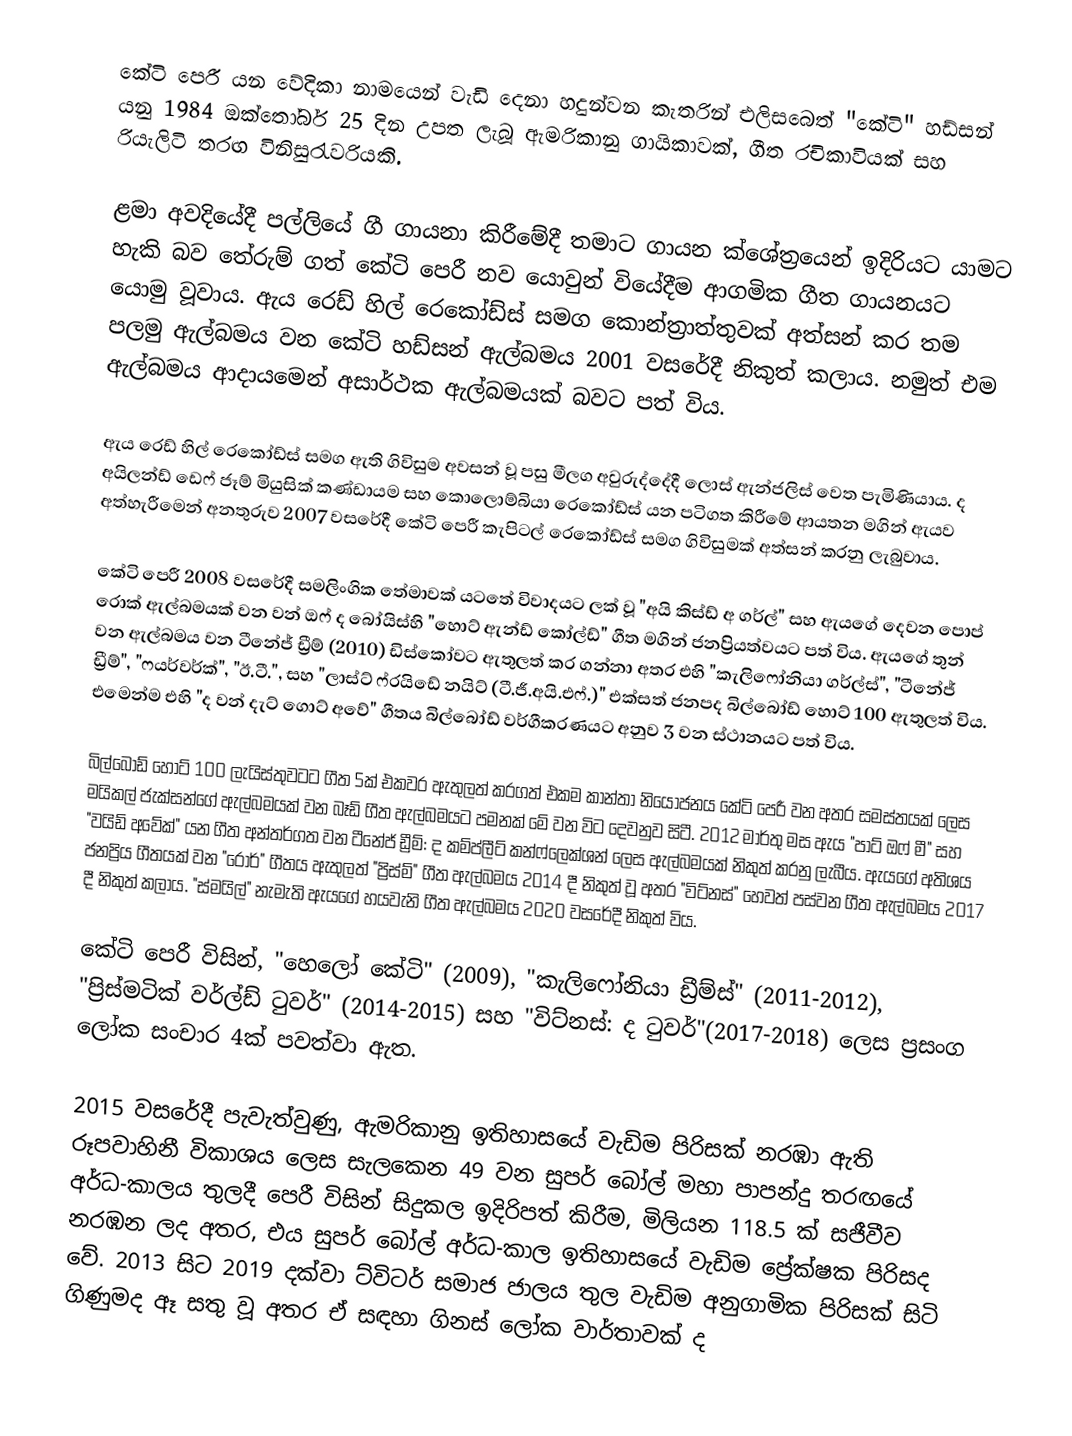
කේටි පෙරී යන වේදිකා නාමයෙන් වැඩි දෙනා හදුන්වන කැතරින් එලිසබෙත් "කේටි" හඩ්සන්  යනු 1984 ඔක්තෝබර් 25 දින උපත ලැබූ ඇමරිකානු ගායිකාවක්, ගීත රචිකාවියක් සහ රියැලිටි තරඟ විනිසුරැවරියකි.

ළමා අවදියේදී පල්ලියේ ගී ගායනා කිරීමේදී තමාට ගායන ක්ශේත්‍රයෙන් ඉදිරියට යාමට හැකි බව තේරුම් ගත් කේටි පෙරී නව යොවුන් වියේදීම ආගමික ගීත ගායනයට යොමු වූවාය. ඇය රෙඩ් හිල් රෙකෝඩ්ස් සමග කොන්ත්‍රාත්තුවක් අත්සන් කර තම පලමු ඇල්බමය වන කේටි හඩ්සන් ඇල්බමය 2001 වසරේදී නිකුත් කලාය. නමුත් එම ඇල්බමය ආදායමෙන් අසාර්ථක ඇල්බමයක් බවට පත් විය.

ඇය රෙඩ් හිල් රෙකෝඩ්ස් සමග ඇති ගිවිසුම අවසන් වූ පසු මීලග අවුරුද්දේදී ලොස් ඇන්ජලිස් වෙත පැමිණියාය. ද අයිලන්ඩ් ඩෙෆ් ජෑම් මියුසික් කණ්ඩායම සහ කොලොම්බියා රෙකෝඩ්ස් යන පටිගත කිරීමේ ආයතන මගින් ඇයව අත්හැරීමෙන් අනතුරුව 2007 වසරේදී කේටි පෙරී කැපිටල් රෙකෝඩ්ස් සමග ගිවිසුමක් අත්සන් කරනු ලැබුවාය.

කේටි පෙරී 2008 වසරේදී සමලිංගික තේමාවක් යටතේ විවාදයට ලක් වූ "අයි කිස්ඩ් අ ගර්ල්" සහ ඇයගේ දෙවන පොප් රොක් ඇල්බමයක් වන වන් ඔෆ් ද බෝයිස්හි "හොට් ඇන්ඩ් කෝල්ඩ්" ගීත මගින් ජනප්‍රියත්වයට පත් විය. ඇයගේ තුන් වන ඇල්බමය වන ටීනේජ් ඩ්‍රීම් (2010) ඩිස්කෝවට ඇතුලත් කර ගන්නා අතර එහි "කැලිෆෝනියා ගර්ල්ස්", "ටීනේජ් ඩ්‍රීම්", "ෆයර්වර්ක්", "ඊ.ටී.", සහ "ලාස්ට් ෆ්රයිඩේ නයිට් (ටී.ජී.අයි.එෆ්.)" එක්සත් ජනපද බිල්බෝඩ් හොට් 100 ඇතුලත් විය. එමෙන්ම එහි "ද වන් දැට් ගොට් අවේ" ගීතය බිල්බෝඩ් වර්ගීකරණයට අනුව 3 වන ස්ථානයට පත් විය.

බිල්බෝඩ් හොට් 100 ලැයිස්තුවටට ගීත 5ක් එකවර ඇතුලත් කරගත් එකම කාන්තා නියෝජනය කේටි පෙරී වන අතර  සමස්තයක් ලෙස මයිකල් ජැක්සන්ගේ ඇල්බමයක් වන බෑඩ් ගීත ඇල්බමයට පමනක් මේ වන විට දෙවනුව සිටී. 2012 මාර්තු මස ඇය "පාට් ඔෆ් මී" සහ "වයිඩ් අවේක්" යන ගීත අන්තර්ගත වන ටීනේජ් ඩ්‍රීම්: ද කම්ප්ලීට් කන්ෆ්ලෙක්ශන් ලෙස ඇල්බමයක් නිකුත් කරනු ලැබීය. ඇයගේ අතිශය ජනප්‍රිය ගීතයක් වන "රෝර්" ගීතය ඇතුලත් "ප්‍රිස්ම්" ගීත ඇල්බමය 2014 දී නිකුත් වූ අතර "විට්නස්" හෙවත් පස්වන ගීත ඇල්බමය 2017 දී නිකුත් කලාය. "ස්මයිල්" නැමැති ඇයගේ හයවැනි ගීත ඇල්බමය 2020 වසරේදී නිකුත් විය.

කේටි පෙරී විසින්, "හෙලෝ කේටි" (2009), "කැලිෆෝනියා ඩ්‍රීම්ස්" (2011-2012), "ප්‍රිස්මටික් වර්ල්ඩ් ටුවර්" (2014-2015) සහ "විට්නස්: ද ටුවර්"(2017-2018) ලෙස ප්‍රසංග ලෝක සංචාර 4ක් පවත්වා ඇත.

2015 වසරේදී පැවැත්වුණු, ඇමරිකානු ඉතිහාසයේ වැඩිම පිරිසක් නරඹා ඇති රූපවාහිනී විකාශය ලෙස සැලකෙන 49 වන සුපර් බෝල් මහා පාපන්දු තරඟයේ අර්ධ-කාලය තුලදී පෙරී විසින් සිදුකල ඉදිරිපත් කිරීම, මිලියන 118.5 ක් සජීවීව නරඹන ලද අතර, එය සුපර් බෝල් අර්ධ-කාල ඉතිහාසයේ වැඩිම ප්‍රේක්ෂක පිරිසද වේ. 2013 සිට 2019 දක්වා ට්විටර් සමාජ ජාලය තුල වැඩිම අනුගාමික පිරිසක් සිටි ගිණුමද ඈ සතු වූ අතර ඒ සඳහා ගිනස් ලෝක වාර්තාවක් ද